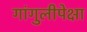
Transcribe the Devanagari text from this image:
गांगुलीपेक्षा